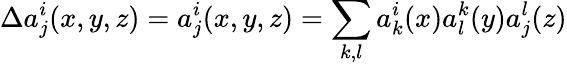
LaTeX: \Delta a_{j}^{i}(x,y,z)=a_{j}^{i}(x,y,z)=\sum_{k,l}a_{k}^{i}(x)a_{l}^{k}(y)a_{j}^{l}(z)